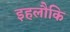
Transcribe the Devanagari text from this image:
इहलौकि